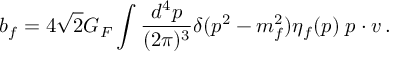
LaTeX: b _ { f } = 4 \sqrt { 2 } G _ { F } \int \frac { d ^ { 4 } p } { ( 2 \pi ) ^ { 3 } } \delta ( p ^ { 2 } - m _ { f } ^ { 2 } ) \eta _ { f } ( p ) \; p \cdot v \, .